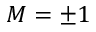
M = \pm 1